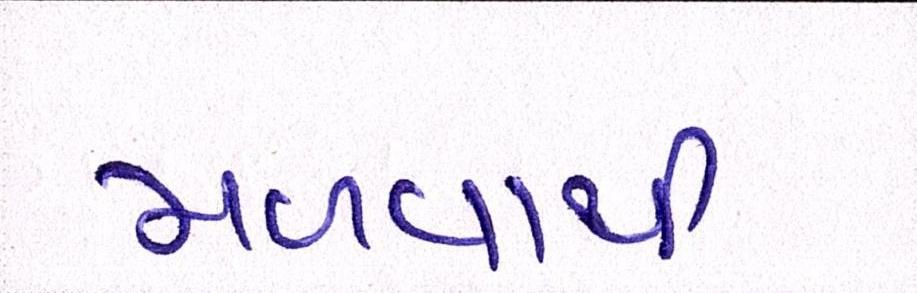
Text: મળવાથી